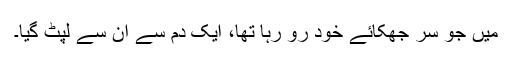
میں جو سر جھکائے خود رو رہا تھا، ایک دم سے ان سے لپٹ گیا۔